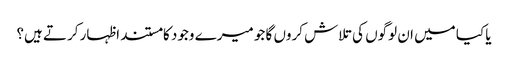
یا کیا میں ان لوگوں کی تلاش کروں گا جو میرے وجود کا مستند اظہار کرتے ہیں؟